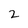
Character: 2